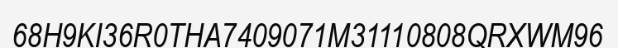
68H9KI36R0THA7409071M31110808QRXWM96